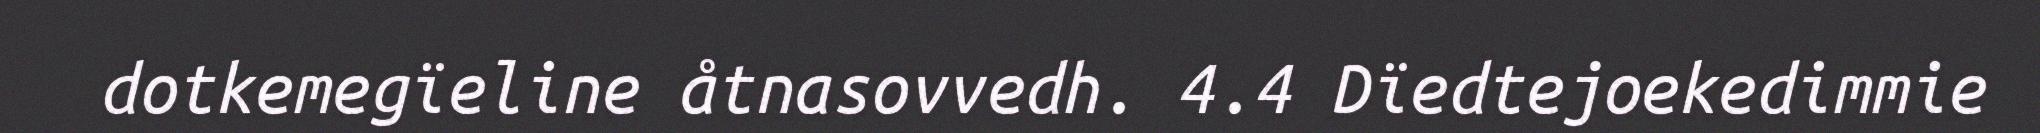
dotkemegïeline åtnasovvedh. 4.4 Dïedtejoekedimmie